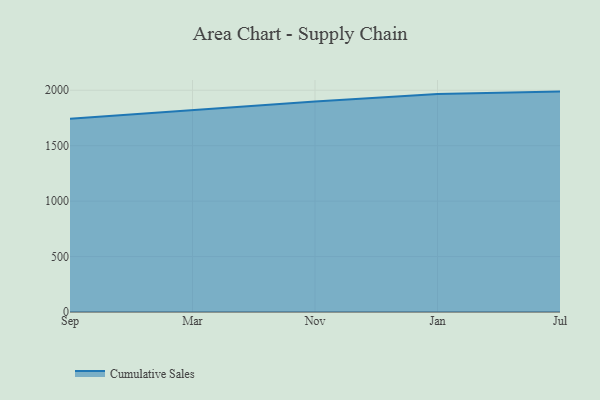
{"axis": {"x": "Month", "y": "Gross Profit (USD K)"}, "legend": ["Cumulative Sales"], "data": [{"x": "Sep", "y": 1744.0, "type": "Cumulative Sales"}, {"x": "Mar", "y": 1824.0, "type": "Cumulative Sales"}, {"x": "Nov", "y": 1897.9, "type": "Cumulative Sales"}, {"x": "Jan", "y": 1965.3, "type": "Cumulative Sales"}, {"x": "Jul", "y": 1987.8, "type": "Cumulative Sales"}]}